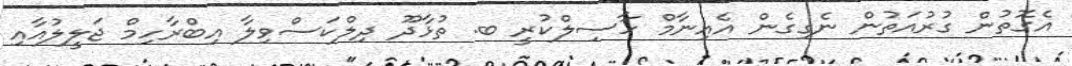
އެގޮތުން ގުރުއަތުން ނެގިގެން އެއިނާމް ހާސިލްކުރީ ބ. ތުޅާދޫ ދިލްކަސްވިލާ އިބްރާހިމް ޖަލީލުއާއި